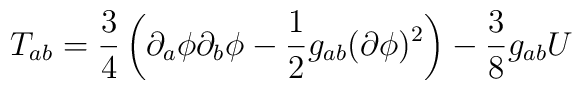
T_{ab}=\frac{3}{4}\left(\partial_{a}\phi\partial_{b}\phi -\frac{1}{2}g_{ab}(\partial\phi)^2\right)-\frac{3}{8}g_{ab}U